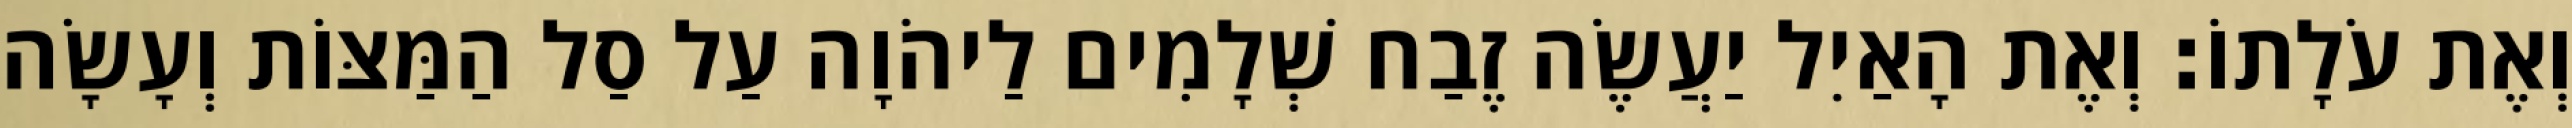
וְאֶת עֹלָתוֹ׃ וְאֶת הָאַיִל יַעֲשֶׂה זֶבַח שְׁלָמִים לַיהֹוָה עַל סַל הַמַּצּוֹת וְעָשָׂה